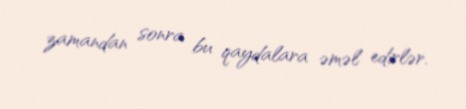
zamandan sonra bu qaydalara əməl edirlər.